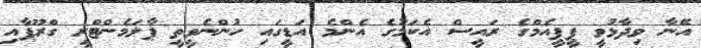
އޭނާ ވިދާޅުވީ ޕީޕީއެމްގެ ރައީސް އެކަމުގެ އެންމެ އަޑީގައި ހުންނެވީތީ ޕާލަމެންޓްރީ ގްރޫޕާއި